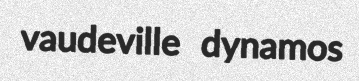
vaudeville dynamos